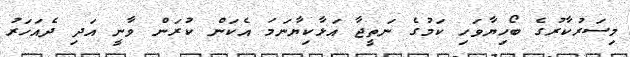
މިސަރުކާރުގެ ބޯހިޔާވަހި ކަމުގެ ނަތީޖާ އަޅާކިޔާނަމަ އެކަން ކުރަން ވާނީ އަދި ދެއަހަރު